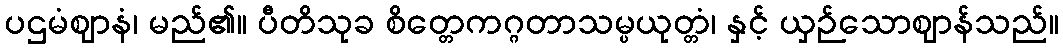
ပဌမံဈာနံ၊ မည်၏။ ပီတိသုခ စိတ္တေကဂ္ဂတာသမ္ပယုတ္တံ၊ နှင့် ယှဉ်သောဈာန်သည်။